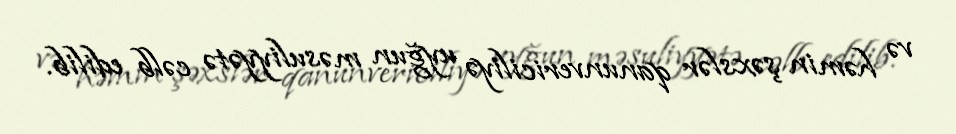
və həmin şəxslər qanunvericiliyə uyğun məsuliyyətə cəlb edilib.